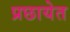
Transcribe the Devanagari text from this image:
प्रछायेत